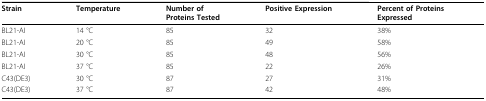
<table><thead><tr><td><b>Strain</b></td><td><b>Temperature</b></td><td><b>Number ofProteins Tested</b></td><td><b>Positive Expression</b></td><td><b>Percent of ProteinsExpressed</b></td></tr></thead><tbody><tr><td>BL21-AI</td><td>14 °C</td><td>85</td><td>32</td><td>38%</td></tr><tr><td>BL21-AI</td><td>20 °C</td><td>85</td><td>49</td><td>58%</td></tr><tr><td>BL21-AI</td><td>30 °C</td><td>85</td><td>48</td><td>56%</td></tr><tr><td>BL21-AI</td><td>37 °C</td><td>85</td><td>22</td><td>26%</td></tr><tr><td>C43(DE3)</td><td>30 °C</td><td>87</td><td>27</td><td>31%</td></tr><tr><td>C43(DE3)</td><td>37 °C</td><td>87</td><td>42</td><td>48%</td></tr></tbody></table>